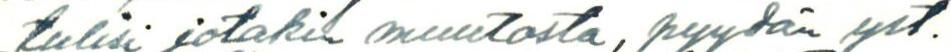
tulisi jotakin muutosta, pyydän yst.